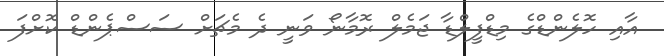
އާއި ހޮލެންޑްގެ މިޑްފީލްޑާ ޖަމެލް ރޮމާނޯ ވަނީ ދެ މެޗަށް ސަސްޕެންޑް ކޮށްފަ